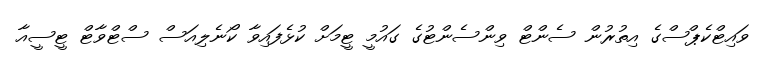
ވައިޓްކެޕްސްގެ އިތުރުން ސެންޓް ވިންސެންޓުގެ ގައުމީ ޓީމަށް ކުޅެފައިވާ ކޯނެލިއަސް ސްޓްވާޓް ޓީސީއާ